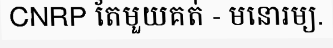
CNRP តែមួយគត់ - មនោរម្យ.